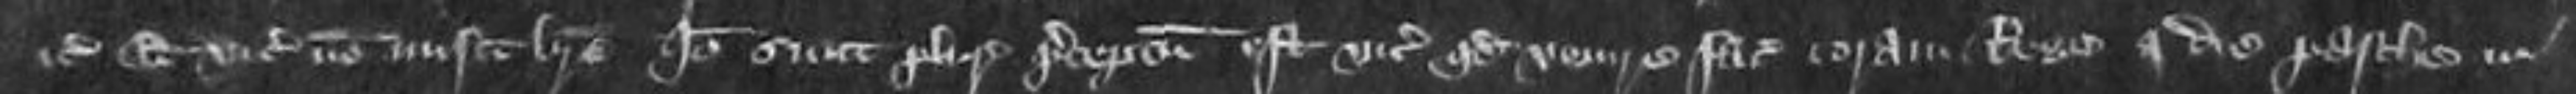
etc Et vicecomes non misit breve Ideo sicut pluries preceptum est vicecomiti quod venire faciat coram Rege a die Pasche in